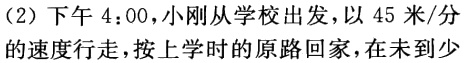
（2）下午 4：00，小刚从学校出发，以 45 米/分
的速度行走，按上学时的原路回家，在未到少